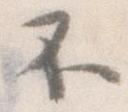
不